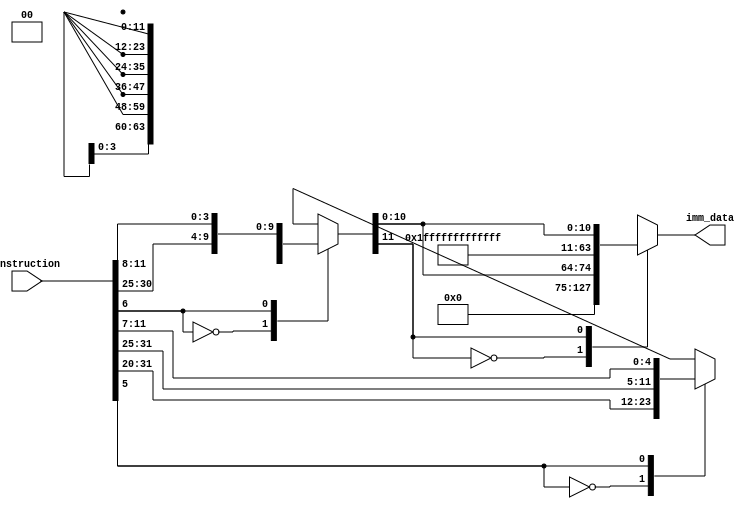
module immediateDataExtractor
(
  input [31:0] instruction,
  output reg[63:0] imm_data
);

  reg [11:0] temp;
  reg [51:0] all0;
  reg [51:0] all1;
  
  initial
  begin
  all0 = 52'b0000000000000000000000000000000000000000000000000000;
  all1 = 52'b1111111111111111111111111111111111111111111111111111;
end

  always @ (instruction)
    begin
      case (instruction[6])
        0: begin
          case(instruction[5])
              0: temp = instruction[31:20];
              1: temp = {instruction[31:25], instruction[11:7]};
            endcase
          end
        1: temp = {instruction[30:25], instruction[11:8]};
      endcase
      case (temp[11])
        0: imm_data = {all0,temp};
        1: imm_data = {all1,temp};
      endcase
  end
  
endmodule